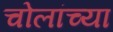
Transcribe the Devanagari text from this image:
चोलांच्या